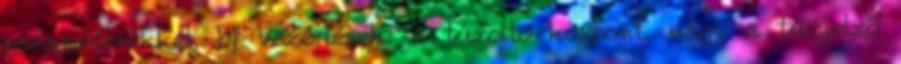
paraméterekkel, bf Vezérlések: a tûzoltó központ, vagy a tûzjelzõ